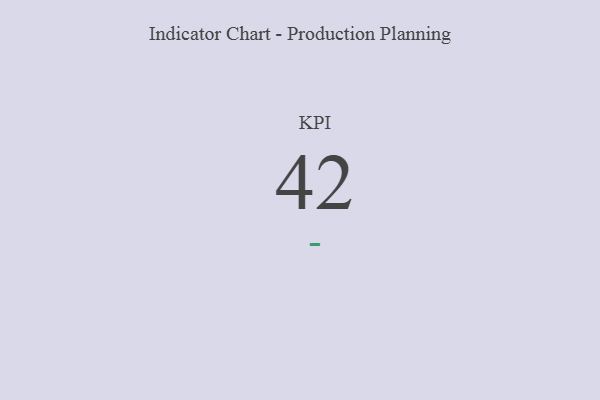
{"axis": {"x": "KPI", "y": "Value"}, "legend": [""], "data": [{"x": "KPI", "y": 42, "type": ""}]}